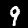
Label: 9